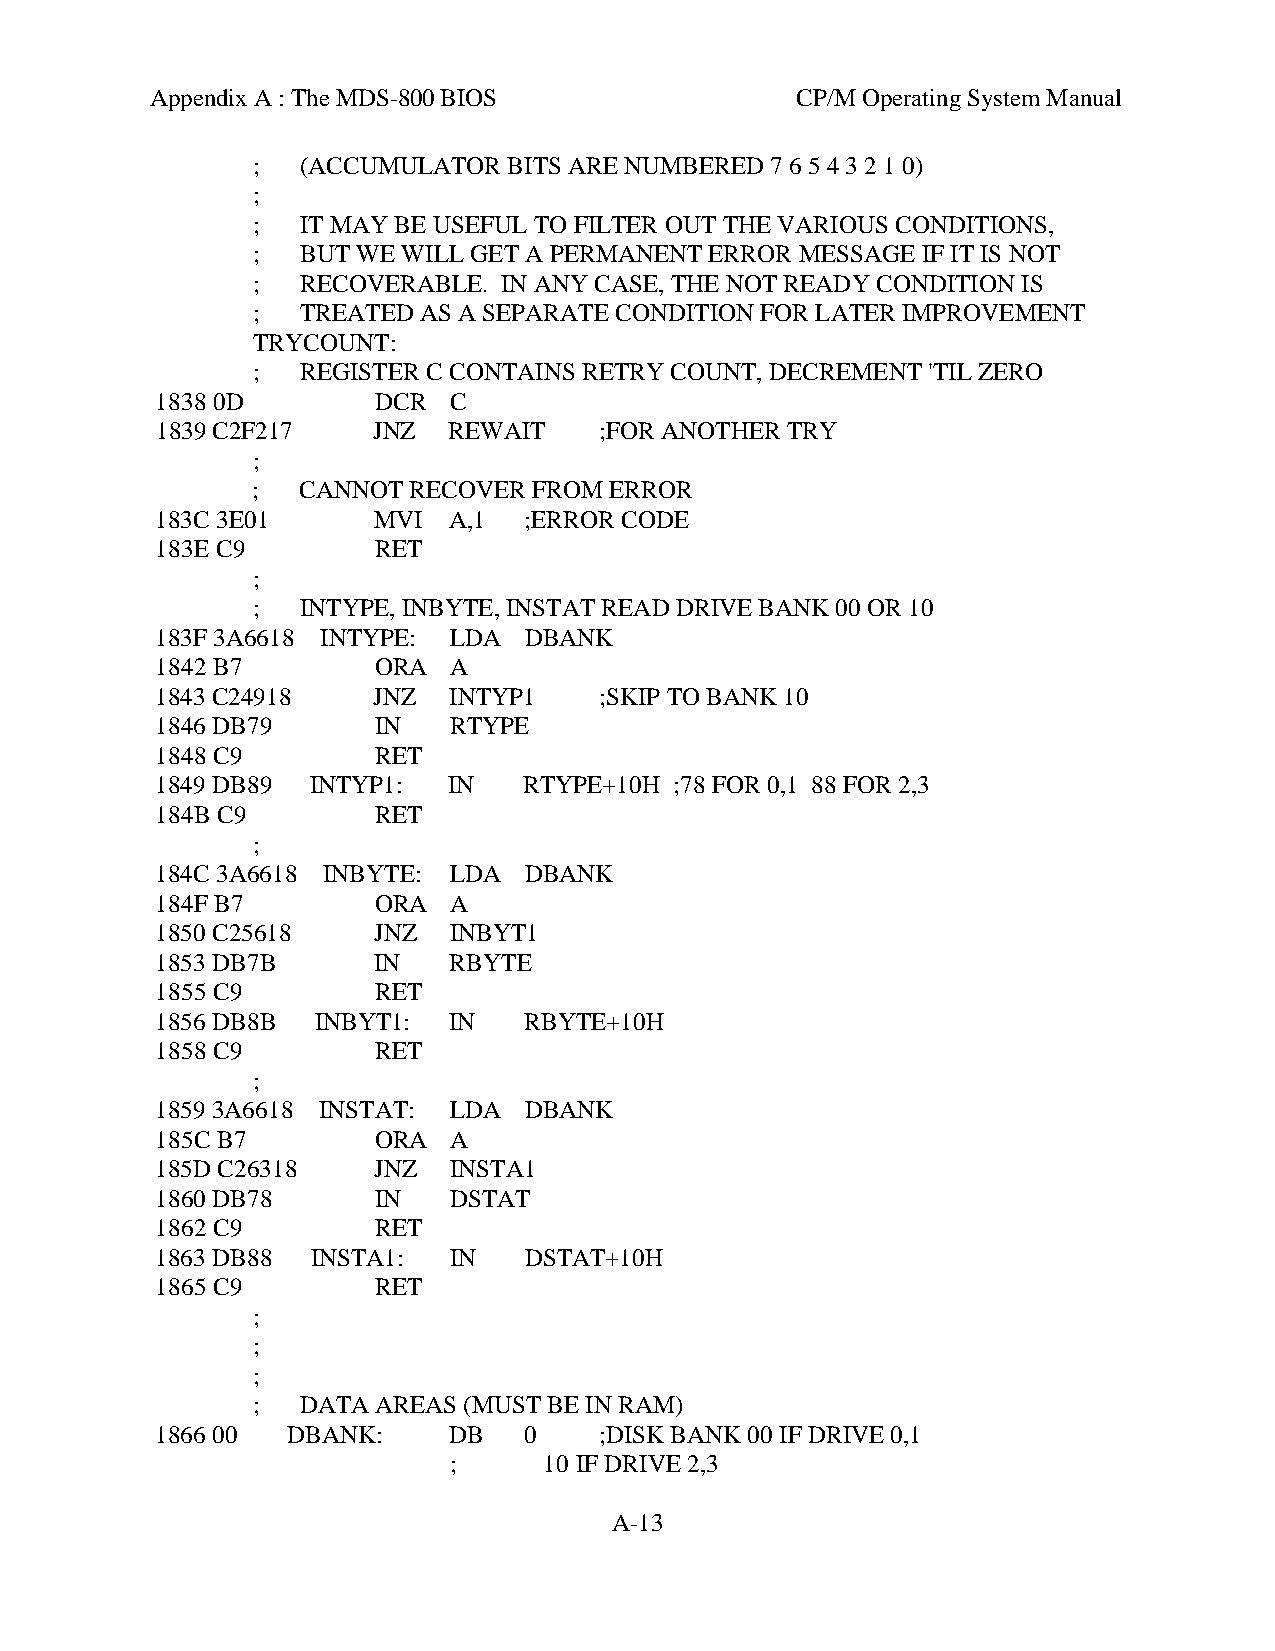
Appendix A : The MDS-800 BIOS              CP/M Operating System Manual
 ;  (ACCUMULATOR  BITS ARE NUMBERED 7 6 5 4 3 2 1 0)
 ;
 ;  IT MAY BE USEFUL TO FILTER OUT THE VARIOUS CONDITIONS,
 ;  BUT WE WILL GET A PERMANENT ERROR MESSAGE IF IT IS NOT
 ;  RECOVERABLE. IN ANY CASE, THE NOT READY CONDITION IS
 ;  TREATED AS A SEPARATE CONDITION FOR LATER IMPROVEMENT
 TRYCOUNT:
 ;  REGISTER C CONTAINS RETRY COUNT, DECREMENT 'TIL ZERO
 1838 0D        DCR  C
 1839 C2F217    JNZ  REWAIT    ;FOR ANOTHER TRY
 ;
 ;  CANNOT RECOVER FROM ERROR
 183C 3E01      MVI  A,1  ;ERROR CODE
 183E C9        RET
 ;
 ;  INTYPE, INBYTE, INSTAT READ DRIVE BANK 00 OR 10
 183F 3A6618 INTYPE: LDA  DBANK
 1842 B7        ORA  A
 1843 C24918    JNZ  INTYP1    ;SKIP TO BANK 10
 1846 DB79      IN   RTYPE
 1848 C9        RET
 1849 DB89  INTYP1:  IN   RTYPE+10H ;78 FOR 0,1 88 FOR 2,3
 184B C9        RET
 ;
 184C 3A6618 INBYTE: LDA  DBANK
 184F B7        ORA  A
 1850 C25618    JNZ  INBYT1
 1853 DB7B      IN   RBYTE
 1855 C9        RET
 1856 DB8B  INBYT1:  IN   RBYTE+10H
 1858 C9        RET
 ;
 1859 3A6618 INSTAT: LDA  DBANK
 185C B7        ORA  A
 185D C26318    JNZ  INSTA1
 1860 DB78      IN   DSTAT
 1862 C9        RET
 1863 DB88  INSTA1:  IN   DSTAT+10H
 1865 C9        RET
 ;
 ;
 ;
 ;  DATA AREAS (MUST BE IN RAM)
 1866 00  DBANK:     DB   0    ;DISK BANK 00 IF DRIVE 0,1
 ;     10 IF DRIVE 2,3
 A-13